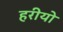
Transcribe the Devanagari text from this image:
हरीयो